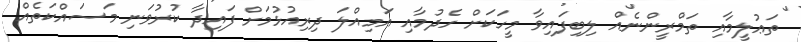
ތަޢުލީމާއި ތަމްރީންނެއް ލިބިފައިވާ މީހަކަށް ހެދުމާއި އަމިއްލަ ދިރިއުޅުމަށް ފައިދާ ކުރުވަނި މަސައްކަތެއް